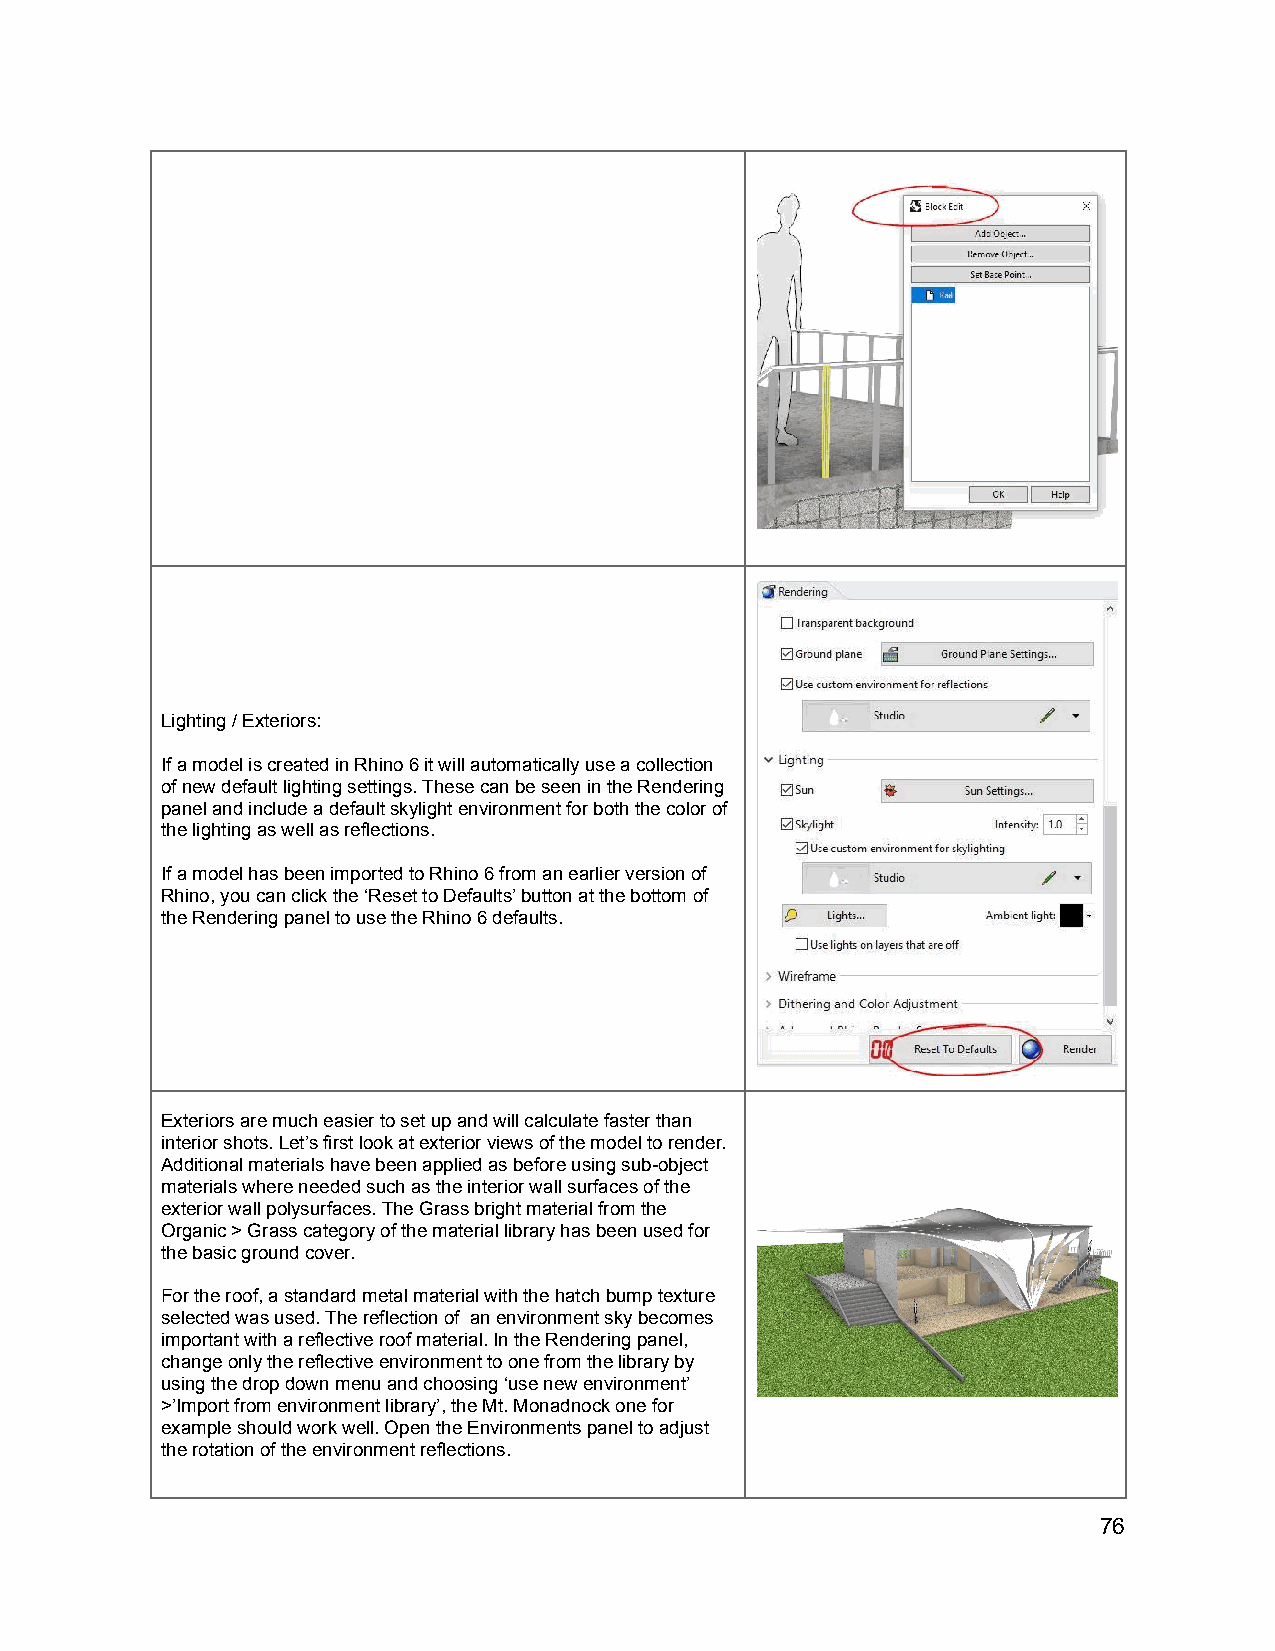
Lighting / Exteriors:
 If a model is created in Rhino 6 it will automatically use a collection
 of new default lighting settings. These can be seen in the Rendering
 panel and include a default skylight environment for both the color of
 the lighting as well as reflections.
 If a model has been imported to Rhino 6 from an earlier version of
 Rhino, you can click the ‘Reset to Defaults’ button at the bottom of
 the Rendering panel to use the Rhino 6 defaults.
 Exteriors are much easier to set up and will calculate faster than
 interior shots. Let’s first look at exterior views of the model to render.
 Additional materials have been applied as before using sub-object
 materials where needed such as the interior wall surfaces of the
 exterior wall polysurfaces. The Grass bright material from the
 Organic > Grass category of the material library has been used for
 the basic ground cover.
 For the roof, a standard metal material with the hatch bump texture
 selected was used. The reflection of an environment sky becomes
 important with a reflective roof material. In the Rendering panel,
 change only the reflective environment to one from the library by
 using the drop down menu and choosing ‘use new environment’
 >’Import from environment library’, the Mt. Monadnock one for
 example should work well. Open the Environments panel to adjust
 the rotation of the environment reflections.
 76